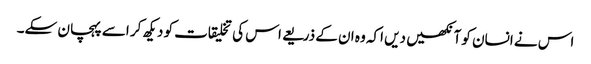
اس نے انسان کو آنکھیں دیں اکہ وہ ان کے ذریعے اس کی تخلیقات کو دیکھ کر اسے پہچان سکے۔